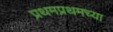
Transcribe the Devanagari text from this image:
प्रथमप्रथमच्या